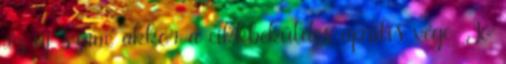
az új szám, akkor a cikkbeküldés április vége. Jó